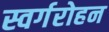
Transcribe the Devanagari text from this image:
स्वर्गरोहन